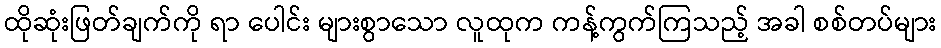
ထိုဆုံးဖြတ်ချက်ကို ရာ ပေါင်း များစွာသော လူထုက ကန့်ကွက်ကြသည့် အခါ စစ်တပ်များ